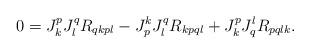
LaTeX: \begin{align*}0 = J^{p}_{k}J^{q}_{l} R_{qkpl} - J^{k}_{p}J^{q}_{l} R_{kpql} + J^p_k J^l_q R_{pqlk}.\end{align*}